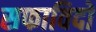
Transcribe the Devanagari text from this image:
सफाविदों